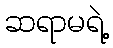
ဆရာမရဲ့